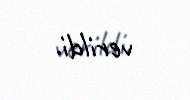
verildi.